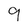
Character: 9